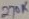
Text: 270K